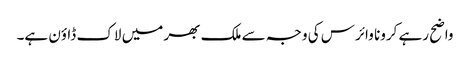
واضح رہے کرونا وائرس کی وجہ سے ملک بھر میں لاک ڈاؤن ہے۔